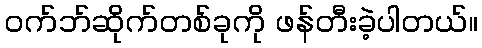
ဝက်ဘ်ဆိုက်တစ်ခုကို ဖန်တီးခဲ့ပါတယ်။